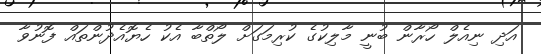
އަދި ނިއެލް ހޯރާން ބުނީ މާލިކުގެ ކުރިމަގަށް ލޯތްބާ އެކު ހެޔޮއެދުންތައް ފޮނުވާ